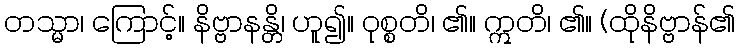
တသ္မာ၊ ကြောင့်။ နိဗ္ဗာနန္တိ၊ ဟူ၍။ ဝုစ္စတိ၊ ၏။ ဣတိ၊ ၏။ (ထိုနိဗ္ဗာန်၏